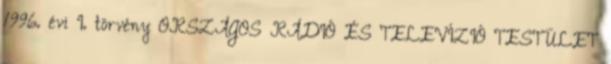
1996. évi I. törvény ORSZÁGOS RÁDIÓ ÉS TELEVÍZIÓ TESTÜLET